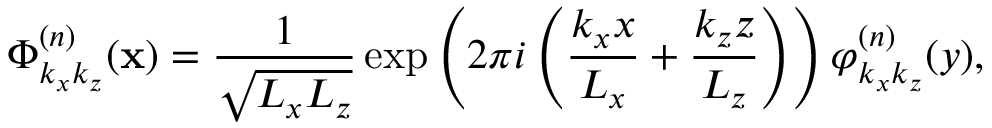
\boldsymbol { \Phi } _ { k _ { x } k _ { z } } ^ { ( n ) } ( \mathbf { x } ) = \frac { 1 } { \sqrt { L _ { x } L _ { z } } } \exp \left( 2 \pi i \left( \frac { k _ { x } x } { L _ { x } } + \frac { k _ { z } z } { L _ { z } } \right) \right) \boldsymbol { \varphi } _ { k _ { x } k _ { z } } ^ { ( n ) } ( y ) ,